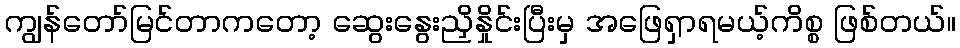
ကျွန်တော်မြင်တာကတော့ ဆွေးနွေးညှိနှိုင်းပြီးမှ အဖြေရှာရမယ့်ကိစ္စ ဖြစ်တယ်။